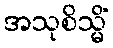
အသုစိသ္မိံ